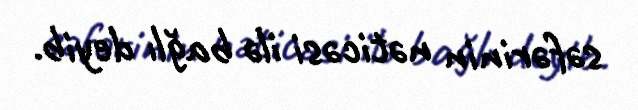
sәfәrinin nәticәsi ilә bağlı deyib.